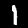
Label: 1